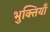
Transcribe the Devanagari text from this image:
भुक्तियाँ